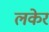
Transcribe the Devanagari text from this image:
लकेर